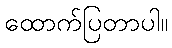
ထောက်ပြတာပါ။